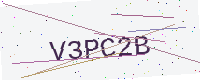
Text: V3PC2B